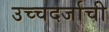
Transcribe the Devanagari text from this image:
उच्चदर्जाची